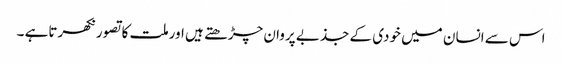
اس سے انسان میں خودی کے جذبے پروان چڑھتے ہیں اورملت کاتصورنکھرتاہے ۔